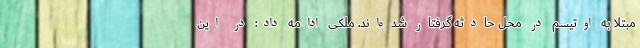
مبتلا به اوتیسم در محل حادثه گرفتار شده‌اند. ملکی ادامه داد: در این